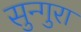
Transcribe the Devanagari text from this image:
सुन्गुरा